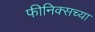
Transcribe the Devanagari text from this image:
फीनिक्सच्या